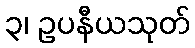
၃၊ ဥပနီယသုတ်